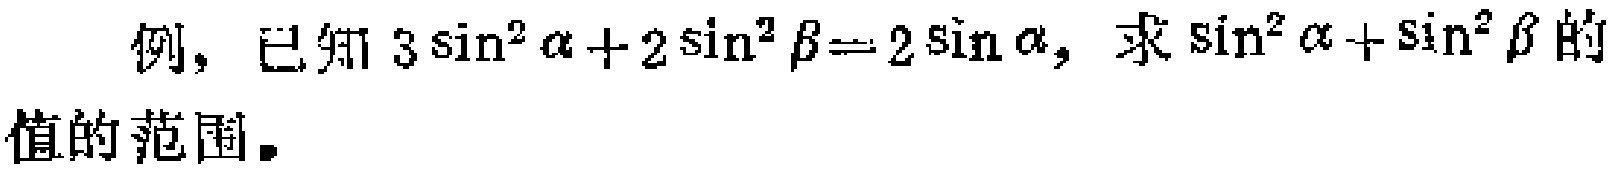
例，已知\(3\sin^{2}\alpha + 2\sin^{2}\beta = 2\sin\alpha\)，求\(\sin^{2}\alpha +\sin^{2}\beta\)的值的范围。